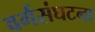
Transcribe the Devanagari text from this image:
वर्गसंघटना